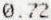
0.72